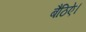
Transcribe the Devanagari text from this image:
बैठिऐ।